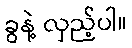
ခွနဲ့ လှည့်ပါ။